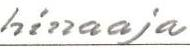
hinaaja